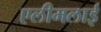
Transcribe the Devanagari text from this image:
एलीमलाई